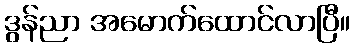
ဒွန်ညာ အမောက်ထောင်လာပြီ။